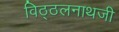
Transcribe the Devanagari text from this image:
विठ्ठलनाथजी